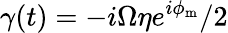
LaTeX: \gamma(t)=-i\Omega\eta e^{i\phi_{\mathrm{m}}}/2